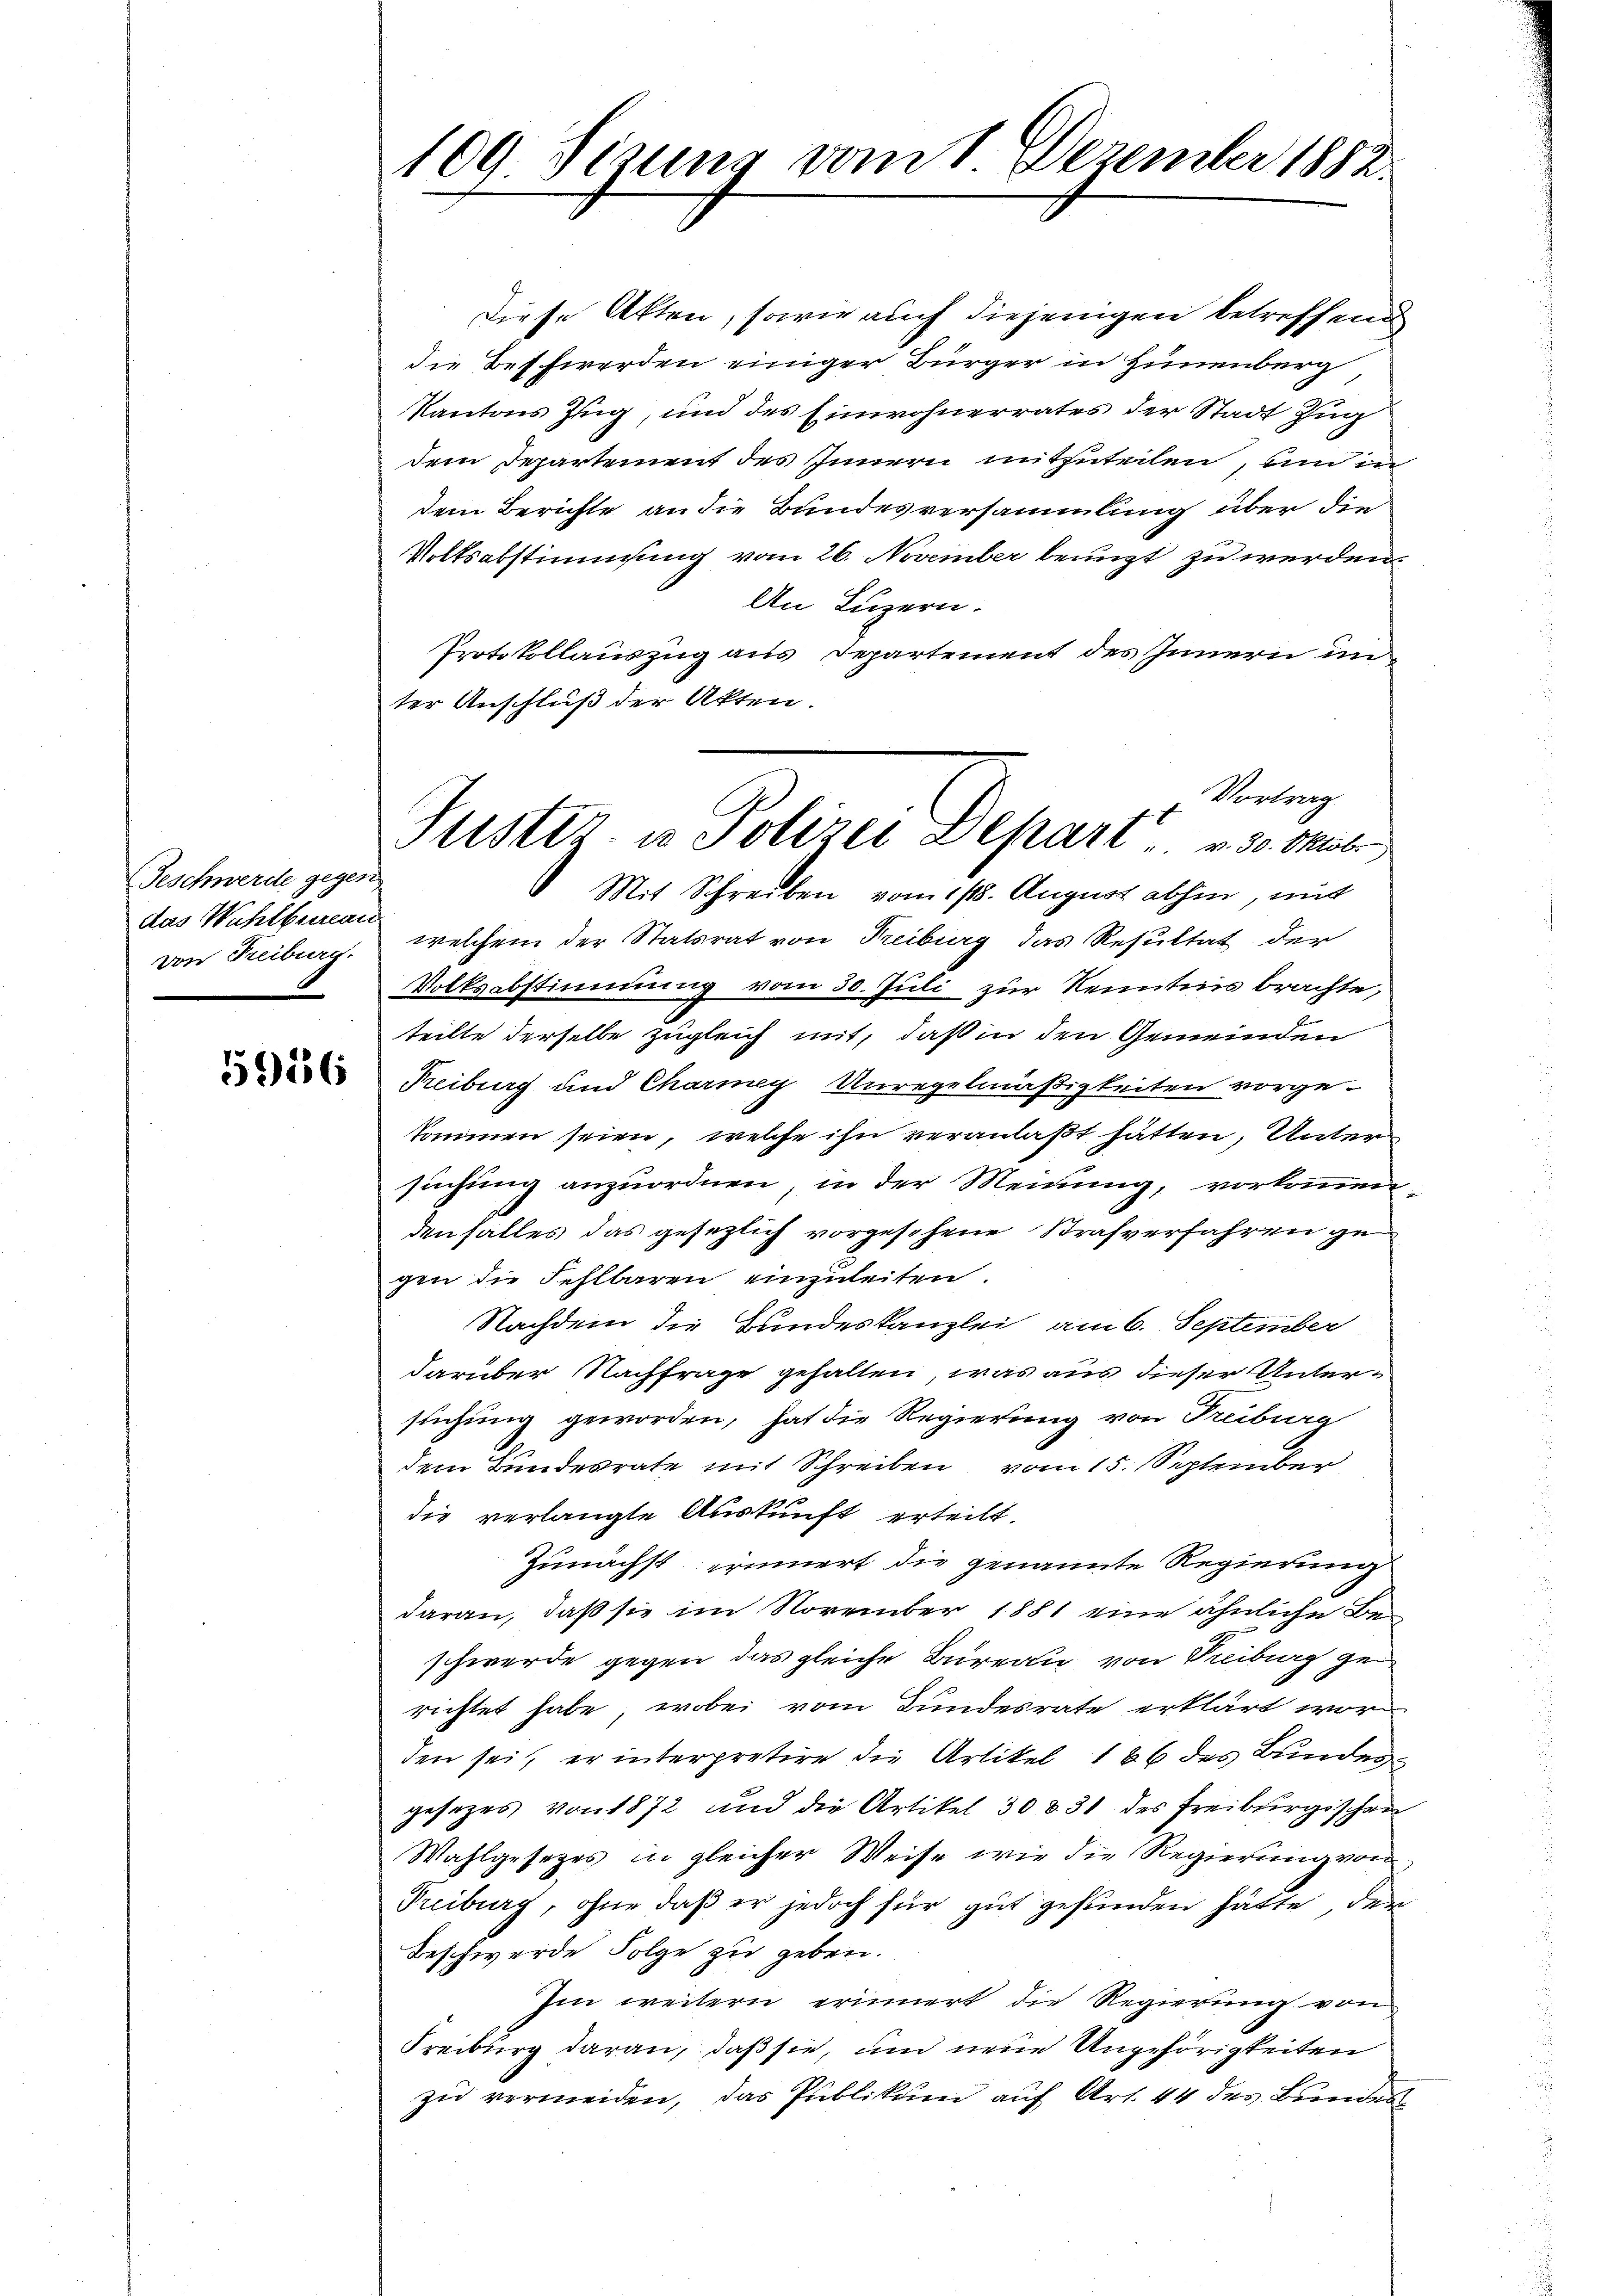
Geschwerde gegen
das Wahlbureau

5956

109 Sizung vom 1. Dezember 1882.

Diese Akten, sowie auch diejenigen betreffend
die Beschwerden einiger Bürger in Hünenberg
Kantons Zug, und des Einwohnerrates der Stadt Zug
dem Departement des Innern mitzuteilen, und in
dem Berichte an die Bundesversammlung über die
Volksabstimmung vom 26. November benuzt zu werden.
An Luzern.
Protokollauszug aus Departement des Innern un
ter Anschluß der Akten.
von Freiburg, welchem der Statsrat von Treiburg das Resultat der
Volksabstimmung vom 30. Juli zur Kenntnis brachte,
teilte derselbe zugleich mit, daß in den Gemeinden
Treiburg und Charney Unregelmäßigkeiten vorge-
kommen seien, welche ihn veranlaßt hätten, Untersuchung anzuordnen, in der Meinung, vorkommen
denfalles das gesezlich vorgesehene Strafverfahren ge
gen die Fehlbaren einzuleiten.
Nachdem die Bundeskanzlei am 6. September
darüber Nachfrage gefalten, was aus dieser Untersuchung geworden, hat die Regierung von Treiburg
dem Bundesrate mit Schreiben vom 15. September
die verlangte Auskunft erteilt.
Zunächst erinnert die genannte Regierung
daran, daß sie im November 1881 eine ähnliche Beschwerde gegen das gleiche Bureau von Freiburg ge
richtet habe, wobei vom Bundesrate erklärt wor
den sei, er interpretire die Artikel 186 des Bundes
gesezes von 1872 und die Artikel 30 § 31 des Freiburgischen
Wahlgesetzes in gleicher Weise wie die Regierung von
Preiburg, ohne daß er jedoch für gut gefunden hätte, den
Beschwerde Folge zu geben.
Im weitern erinnert die Regierung von
Freiburg daran, daß sie, um neue Ungehörigkeiten
zu vermeiden, das Publikum auf Art. 44 des Bundes

Vortrag
Puster- u Polizei Depart v. 30. Oktob
Mit Schreiben vom 11. August abhin, mit